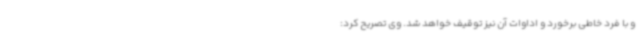
و با فرد خاطی برخورد و اداوات آن نیز توقیف خواهد شد. وی تصریح کرد: